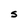
Character: S